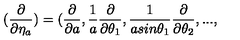
( \frac { \partial } { \partial \eta _ { a } } ) = ( \frac { \partial } { \partial a } , \frac { 1 } { a } \frac { \partial } { \partial \theta _ { 1 } } , \frac { 1 } { a s i n { \theta _ { 1 } } } \frac { \partial } { \partial \theta _ { 2 } } , . . . ,